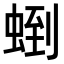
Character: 𧌼